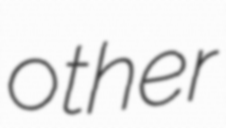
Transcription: other